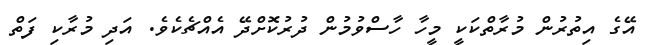
އޭގެ އިތުރުން މުރާތްކަކީ މީހާ ހާސްވުމުން ދުރުކޮށްދޭ އެއްޗެކެވެ. އަދި މުރާކި ފަތް